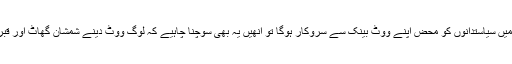
جب ایسے سنگین حالات میں سیاستدانوں کو محض اپنے ووٹ بینک سے سروکار ہوگا تو انھیں یہ بھی سوچنا چاہیے کہ لوگ ووٹ دینے شمشان گھاٹ اور قبرستان سے نہیں آ ئیں گے۔